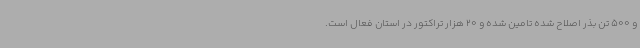
و 500 تن بذر اصلاح شده تامین شده و 20 هزار تراکتور در استان فعال است.